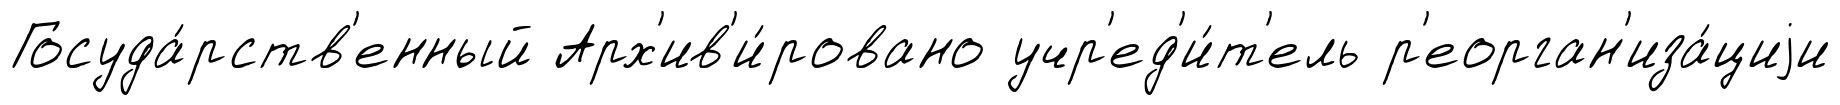
Госуда́рств'енный Арх'ив'и́ровано учр'ед'и́т'ель р'еорган'иза́циjи